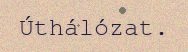
Úthálózat.